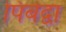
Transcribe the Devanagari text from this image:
पिबेद्वा